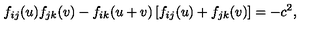
f _ { i j } ( u ) f _ { j k } ( v ) - f _ { i k } ( u + v ) \left[ f _ { i j } ( u ) + f _ { j k } ( v ) \right] = - c ^ { 2 } ,